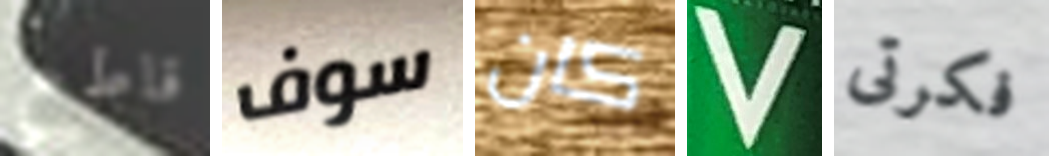
قاطع سوف كان V فكرتى